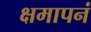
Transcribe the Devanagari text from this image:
क्षमापनं